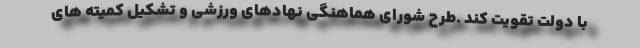
با دولت تقویت کند .طرح شورای هماهنگی نهادهای ورزشی و تشکیل کمیته های